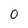
Character: 0